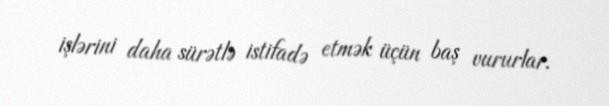
işlərini daha sürətlə istifadə etmək üçün baş vururlar.